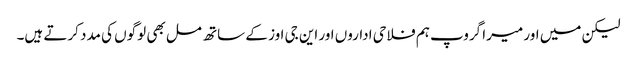
لیکن میں اور میرا گروپ ہم فلاحی اداروں اور این جی اوز کے ساتھ مل بھی لوگوں کی مدد کرتے ہیں۔